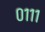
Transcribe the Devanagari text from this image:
०१११